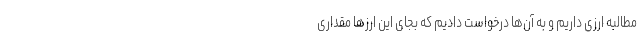
مطالبه ارزی داریم و به آن‌ها درخواست دادیم که بجای این ارزها مقداری